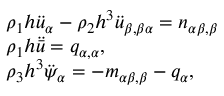
\begin{array} { r l } & { \rho _ { 1 } h \ddot { u } _ { \alpha } - \rho _ { 2 } h ^ { 3 } \ddot { u } _ { \beta , \beta \alpha } = n _ { \alpha \beta , \beta } } \\ & { \rho _ { 1 } h \ddot { \bar { u } } = q _ { \alpha , \alpha } , } \\ & { \rho _ { 3 } h ^ { 3 } \ddot { \psi } _ { \alpha } = - m _ { \alpha \beta , \beta } - q _ { \alpha } , } \end{array}